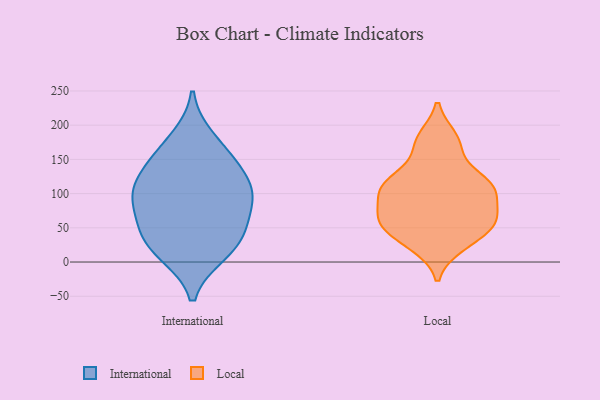
{"axis": {"x": "Page Views", "y": "Value"}, "legend": ["International", "Local"], "data": [{"x": "", "y": 40, "type": "International"}, {"x": "", "y": 150, "type": "International"}, {"x": "", "y": 83, "type": "International"}, {"x": "", "y": 103, "type": "International"}, {"x": "", "y": 14, "type": "International"}, {"x": "", "y": 181, "type": "International"}, {"x": "", "y": 98, "type": "International"}, {"x": "", "y": 101, "type": "International"}, {"x": "", "y": 57, "type": "International"}, {"x": "", "y": 12, "type": "International"}, {"x": "", "y": 120, "type": "International"}, {"x": "", "y": 149, "type": "International"}, {"x": "", "y": 40, "type": "International"}, {"x": "", "y": 170, "type": "Local"}, {"x": "", "y": 67, "type": "Local"}, {"x": "", "y": 124, "type": "Local"}, {"x": "", "y": 110, "type": "Local"}, {"x": "", "y": 97, "type": "Local"}, {"x": "", "y": 63, "type": "Local"}, {"x": "", "y": 60, "type": "Local"}, {"x": "", "y": 58, "type": "Local"}, {"x": "", "y": 181, "type": "Local"}, {"x": "", "y": 24, "type": "Local"}, {"x": "", "y": 36, "type": "Local"}, {"x": "", "y": 111, "type": "Local"}, {"x": "", "y": 111, "type": "Local"}]}